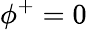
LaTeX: \phi^{+}=0